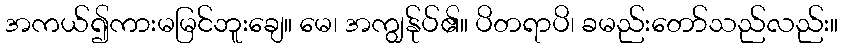
အကယ်၍ကားမမြင်ဘူးချေ။ မေ၊ အကျွန်ုပ်၏။ ပိတရာပိ၊ ခမည်းတော်သည်လည်း။